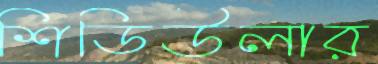
শিডিউলার